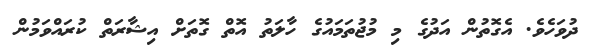
ދުވަހެވެ. އެގޮތުން އަދުގެ މި މުޖުތަމައުގެ ހާލަތު އޮތް ގޮތަށް އިޝާރަތް ކުރައްވަމުން